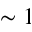
\sim 1